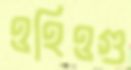
ওহিওগু